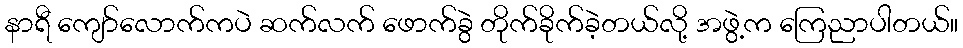
နာရီ ကျော်လောက်ကပဲ ဆက်လက် ဖောက်ခွဲ တိုက်ခိုက်ခဲ့တယ်လို့ အဖွဲ့က ကြေညာပါတယ်။